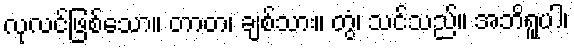
လုလင်ဖြစ်သော။ တာတ၊ ချစ်သား။ တွံ၊ သင်သည်။ အဘိရူပါ၊